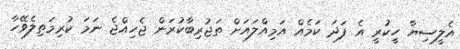
އެލީސިޔާ ހީކުރީ އެ ފަދަ ކަމެއް އަމިއްލައަށް ތަޖުރިބާކުރަން ޖެހިއްޖެ ނަމަ ކުރިމަތިލެވޭހާ